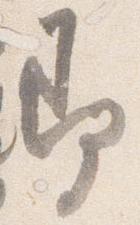
即